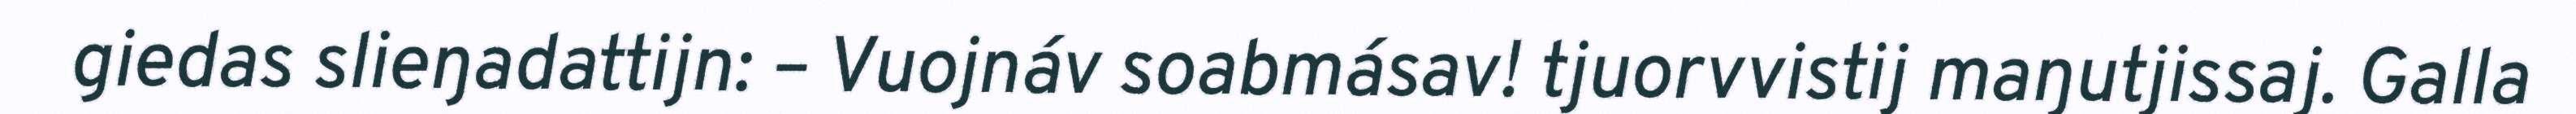
giedas slieŋadattijn: – Vuojnáv soabmásav! tjuorvvistij maŋutjissaj. Galla